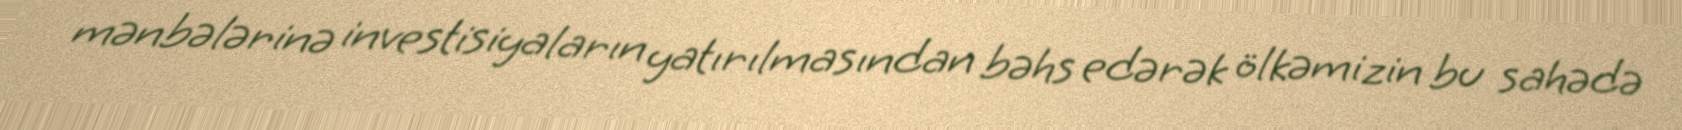
mənbələrinə investisiyaların yatırılmasından bəhs edərək ölkəmizin bu sahədə